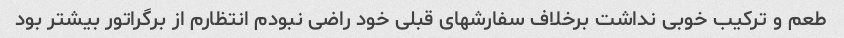
طعم و ترکیب خوبی نداشت برخلاف سفارشهای قبلی خود راضی نبودم انتظارم از برگراتور بیشتر بود